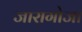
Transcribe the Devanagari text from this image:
जारागोजा